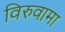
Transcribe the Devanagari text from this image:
विरुवामा